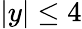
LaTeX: |y|\leq 4